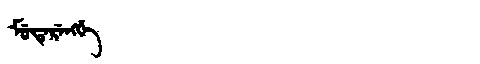
Manchu: ᠮᡠᡨᡝᡵᡝᠩᡤᡝ
Romanization: MUTERENGGE